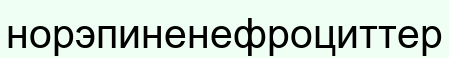
норэпиненефроциттер